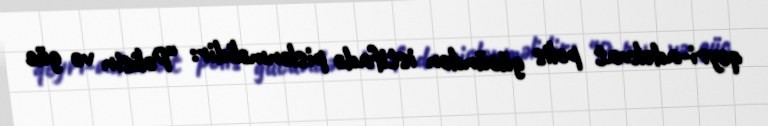
qeyri-adekvat polis gücündən istifadə pislənməlidir: “Polisin və güc